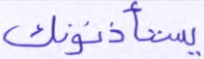
يستأذنونك